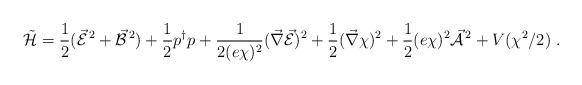
LaTeX: \begin{align*}\tilde{\cal H} = \frac{1}{2} (\vec{\cal E}^{\,2} + \vec{\cal B}^{\,2}) + \frac{1}{2}p^{\dagger}p + \frac{1}{2(e\chi)^2} (\vec{\nabla}\vec{\cal E})^2 + \frac{1}{2}(\vec{\nabla}\chi)^2 +\frac{1}{2} (e\chi)^2\vec{\cal A}^{\,2}+ V(\chi^2/2) \ .\end{align*}